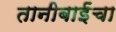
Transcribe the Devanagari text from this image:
तानीबाईंचा